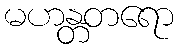
မဟန္တတရော